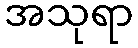
အသုရာ